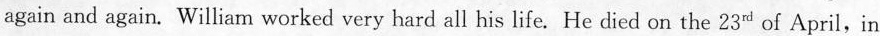
again and again. William worked very hard all his life. He died on the 23 of April,in